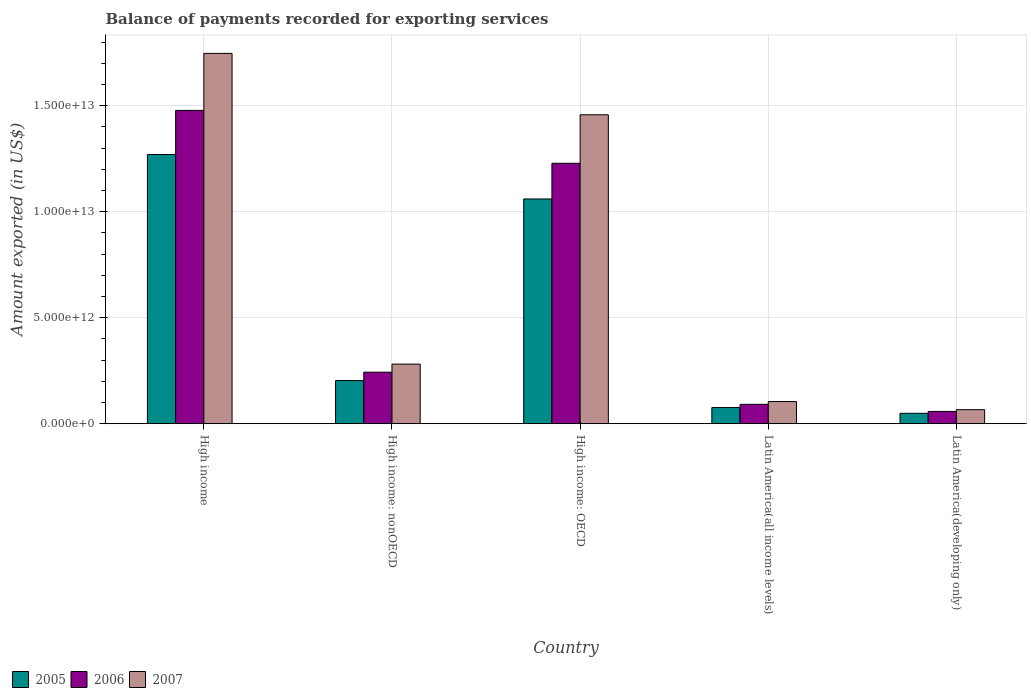
| Country | 2005 | 2006 | 2007 |
 | --- | --- | --- | --- |
 | High income | 1.27e+13 | 1.48e+13 | 1.75e+13 |
 | High income: nonOECD | 2.04e+12 | 2.43e+12 | 2.81e+12 |
 | High income: OECD | 1.06e+13 | 1.23e+13 | 1.46e+13 |
 | Latin America(all income levels) | 7.63e+11 | 9.16e+11 | 1.05e+12 |
 | Latin America(developing only) | 4.92e+11 | 5.81e+11 | 6.64e+11 |